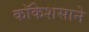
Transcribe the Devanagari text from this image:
कॉकेशसाने